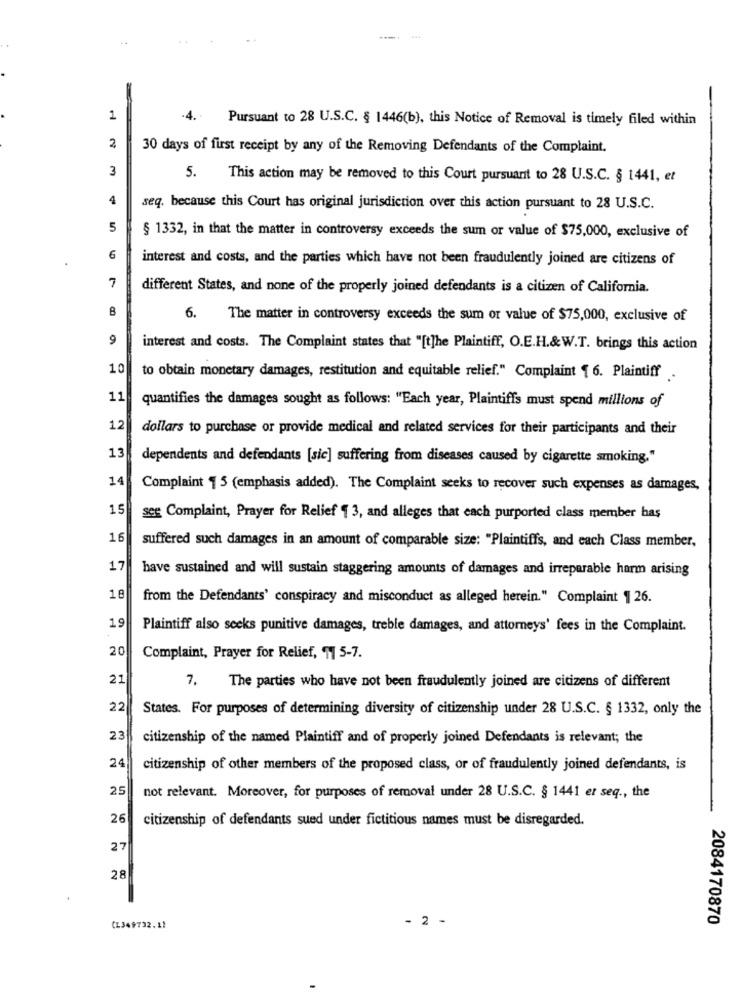
1
.4.
Pursuant to 28 U.S.C. § 1446(b), this Notice of Removal is timely filed within
2
30 days of first receipt by any of the Removing Defendants of the Complaint.
3
5.
This action may be removed to this Court pursuant to 28 U.S.C. § 1441, et
4
seq. because this Court has original jurisdiction over this action pursuant to 28 U.S.C.
5
§ 1332, in that the matter in controversy exceeds the sum or value of $75,000, exclusive of
6
interest and costs, and the parties which have not been fraudulently joined are citizens of
7
different States, and none of the properly joined defendants is a citizen of California.
8
6.
The matter in controversy exceeds the sum or value of $75,000, exclusive of
9
interest and costs. The Complaint states that "[t]he Plaintiff, O.E.H.&W.T. brings this action
10
to obtain monetary damages, restitution and equitable relief." Complaint 1 6. Plaintiff
11
quantifies the damages sought as follows: "Each year, Plaintiffs must spend millions of
12
dollars to purchase or provide medical and related services for their participants and their
13
dependents and defendants [sic] suffering from diseases caused by cigarette smoking."
14
Complaint 1 5 (emphasis added). The Complaint seeks to recover such expenses as damages,
15
seg Complaint, Prayer for Relief 1 3, and alleges that each purported class member has
16
suffered such damages in an amount of comparable size: "Plaintiffs, and each Class member,
17
have sustained and will sustain staggering amounts of damages and irreparable harm arising
18
from the Defendants' conspiracy and misconduct as alleged herein." Complaint 1 26.
19
Plaintiff also seeks punitive damages, treble damages, and attorneys' fees in the Complaint.
20
Complaint, Prayer for Relief, 1 5-7.
21
The parties who have not been fraudulently joined are citizens of different
7.
22
States. For purposes of determining diversity of citizenship under 28 U.S.C. § 1332, only the
23
citizenship of the named Plaintiff and of properly joined Defendants is relevant; the
24
citizenship of other members of the proposed class, or of fraudulently joined defendants, is
25
not relevant. Moreover, for purposes of removal under 28 U.S.C. § 1441 et seq ., the
26
citizenship of defendants sued under fictitious names must be disregarded.
27
28
- 2 -
2084170870
CL349732.11